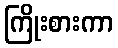
ကြိုးစားကာ